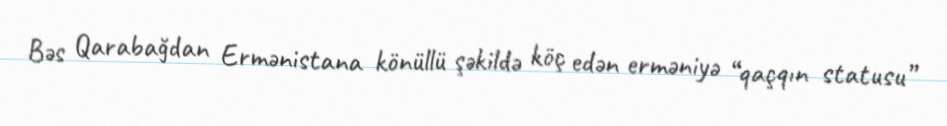
Bəs Qarabağdan Ermənistana könüllü şəkildə köç edən erməniyə “qaçqın statusu”